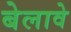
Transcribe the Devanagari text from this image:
बेलावे